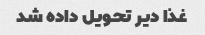
غذا دیر تحویل داده شد